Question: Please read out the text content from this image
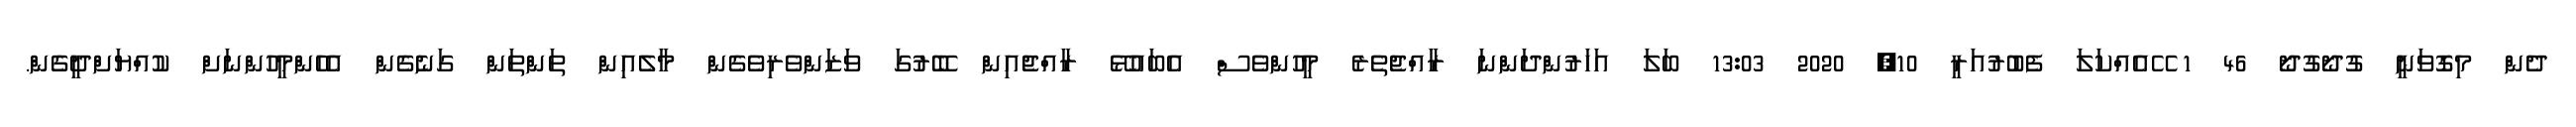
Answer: ދެން މިގޮވަނީ ގުދޯގުދޯ 46 1 ޭއެއްކަލަ ފެބުރުއަރީ 10, 2020 13:03 ބަލަ އަހަރުންދަންނަ ރާއްޖެތެރެ މީހުންވެސް އެބައުޅޭ ރާއްޖެއިން ބޭރުގަ ވަޒަންވެރިވެގެން މާލެއިން ތަންތަން ގަނެގެން އެހެންމީހުންނަށް ކުއްޔަށްދީގެން.